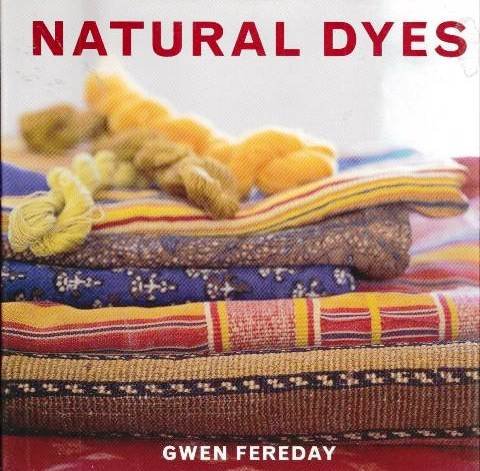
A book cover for Natural Dyes; Gwen Fereday; Crafts, Hobbies & Home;